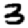
Digit: 3